Vaccination United Provinces of Agra and Oudh 1914-1922 - 1914-1922
Year: 1914
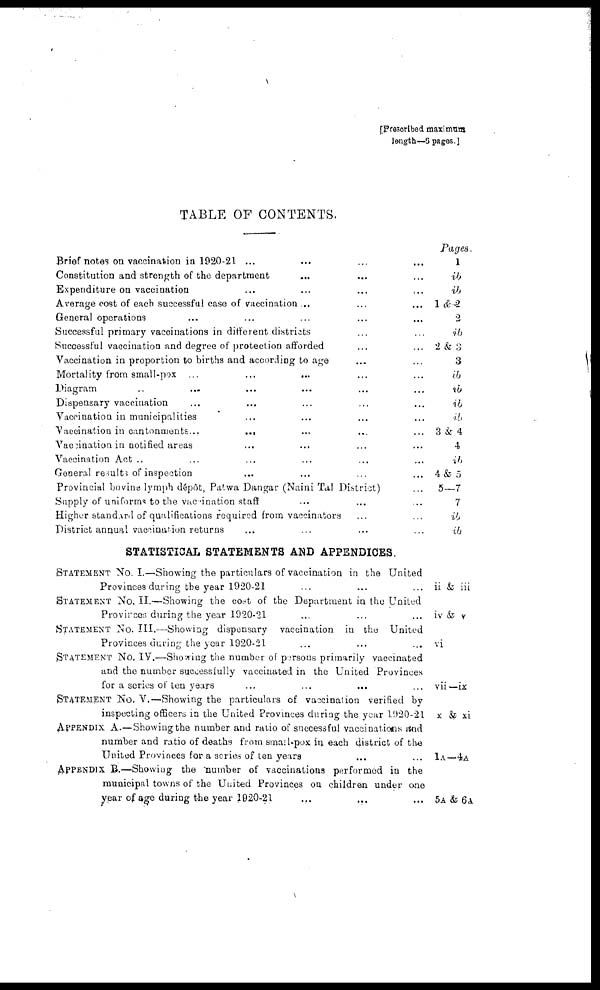
[Prescribed maximum
length—6 pages ]
TABLE OF CONTENTS.
Brief notes on vaccination in 1920-21 ... ... ... ...
Constitution and strength of the department ... ... ...
Expenditure on vaccination ... ... ... ...
Average cost of each successful case of vaccination ..
...
...
General operations ... ... ... ... ...
Successful primary vaccinations in different districts ... ...
Successful vaccination and degree of protection afforded ... ...
Vaccination in proportion to births and according to age ... ...
Mortality from small-pox ... ... ... ... ...
Diagram ... ... ... ... ... ...
Dispensary vaccination ... ... ... ... ...
Vaccination in municipalities ... ... ... ...
Vaccination in cantonments...
... ... ... ...
Vaccination in notified areas ... ... ... ...
Vaccination Act .. ... ... ... ... ...
General results of inspection ... ... ... ...
Provincial bovine lymph dépôt, Patwa Dangar (Naini Tal District) ...
Supply of uniforms to the vaccination staff ... ... ...
Higher standard of qualifications required from vaccinators ... ...
District annual vaccination returns ... ... ... ...
STATISTICAL STATEMENTS AND APPENDICES.
STATEMENT No. I.—Showing the particulars of vaccination in the United
Provinces during the year 1920-21 ... ... ...
STATEMENT No. II.—Showing the cost of the Department in the United
Provinces, during the year 1920-21 ... ... ...
STATEMENT No. III.—Showing dispensary vaccination in the United
Provinces during the year 1920-21 ... ... ...
STATEMENT No. IV.—Showing the number of persons primarily vaccinated
and the number successfully vaccinated in the United Provinces
for a series of ten years ... ... ... ...
STATEMENT No. V.—Showing the particular of vaccination verified by
inspecting officer, in the United Provinces during the year 1920-21
APPENDIX A. — Showing the number and ratio of successful vaccinations and
number and ratio of deaths from small-pox in each district of the
United Provinces for a series of ten years ... ...
APPENDIX. B.—Showing the number of vaccinations performed in the
municipal towns of the United Provinces on children under one
year of age during the year 1920-21 ... ... ...
Pages
1
ib
ib
1 &2
2
ib
2 &3
3
ib
ib
ib
ib
3&4
4
ib
4 &5
5—7
7
ib
ib
ii & iii
iv & v
vi
vii —ix
x & xi
1A—4A
5A & 6A